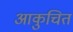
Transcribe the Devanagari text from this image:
आकुचित